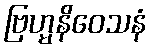
ဗြဟ္မနိဝေသနံ